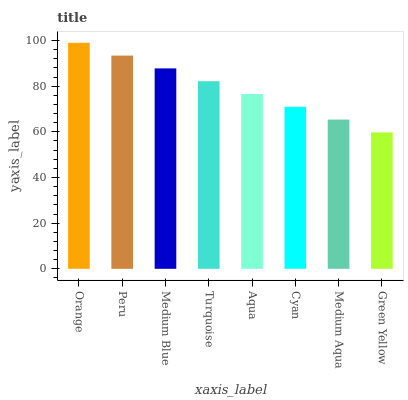
| xaxis_label | bars |
 | --- | --- |
 | Orange | 99 |
 | Peru | 93.4 |
 | Medium Blue | 87.8 |
 | Turquoise | 82.2 |
 | Aqua | 76.6 |
 | Cyan | 71 |
 | Medium Aqua | 65.4 |
 | Green Yellow | 59.8 |